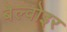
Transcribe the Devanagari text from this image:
बेल्वोइर